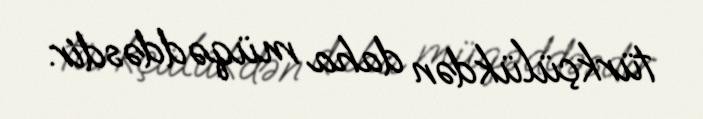
türkçülükdən daha müqəddəsdir.